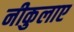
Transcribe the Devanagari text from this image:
नीकुलाए